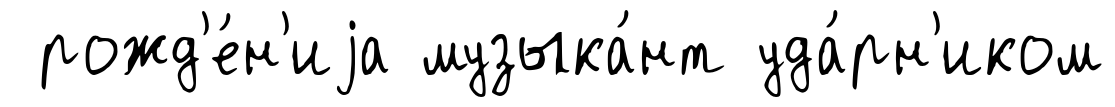
рожд'е́н'иjа музыка́нт уда́рн'иком